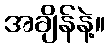
အချိန်နဲ့။